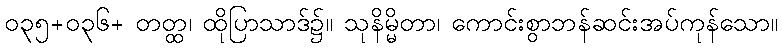
၀၃၅+၀၃၆+ တတ္ထ၊ ထိုပြာသာဒ်၌။ သုနိမ္မိတာ၊ ကောင်းစွာဘန်ဆင်းအပ်ကုန်သော။